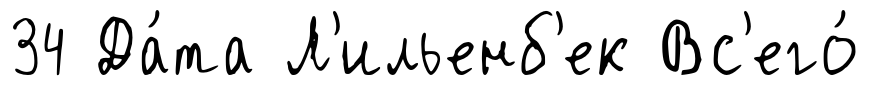
34 Да́та Л'ильенб'ек Вс'его́